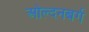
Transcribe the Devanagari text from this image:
ओल्दनबर्ग